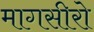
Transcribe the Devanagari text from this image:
मागसीरो